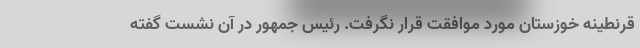
قرنطینه خوزستان مورد موافقت قرار نگرفت. رئیس جمهور در آن نشست گفته